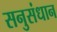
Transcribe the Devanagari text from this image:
सनुसंधान